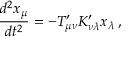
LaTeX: { \frac { d ^ { 2 } x _ { \mu } } { d t ^ { 2 } } } = - T _ { \mu \nu } ^ { \prime } K _ { \nu \lambda } ^ { \prime } x _ { \lambda } \, ,